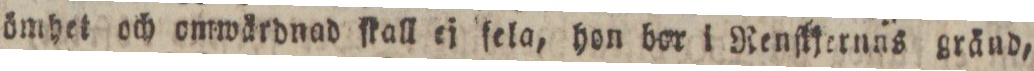
ömhet och omwärdnad ſkall ej ſela, hom bor i Renſtjernns gränd,